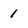
Character: 1